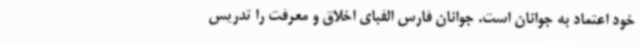
خود اعتماد به جوانان است. جوانان فارس الفبای اخلاق و معرفت را تدریس